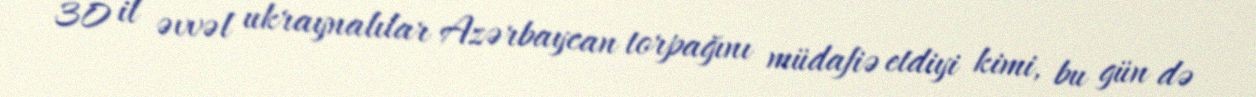
30 il əvvəl ukraynalılar Azərbaycan torpağını müdafiə etdiyi kimi, bu gün də